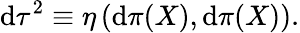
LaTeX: \mathrm{d}\tau^{2}\equiv\eta\left(\mathrm{d}\pi(X),\mathrm{d}\pi(X)\right).